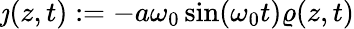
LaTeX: \jmath(z,t):=-a\omega_{0}\sin(\omega_{0}t)\varrho(z,t)